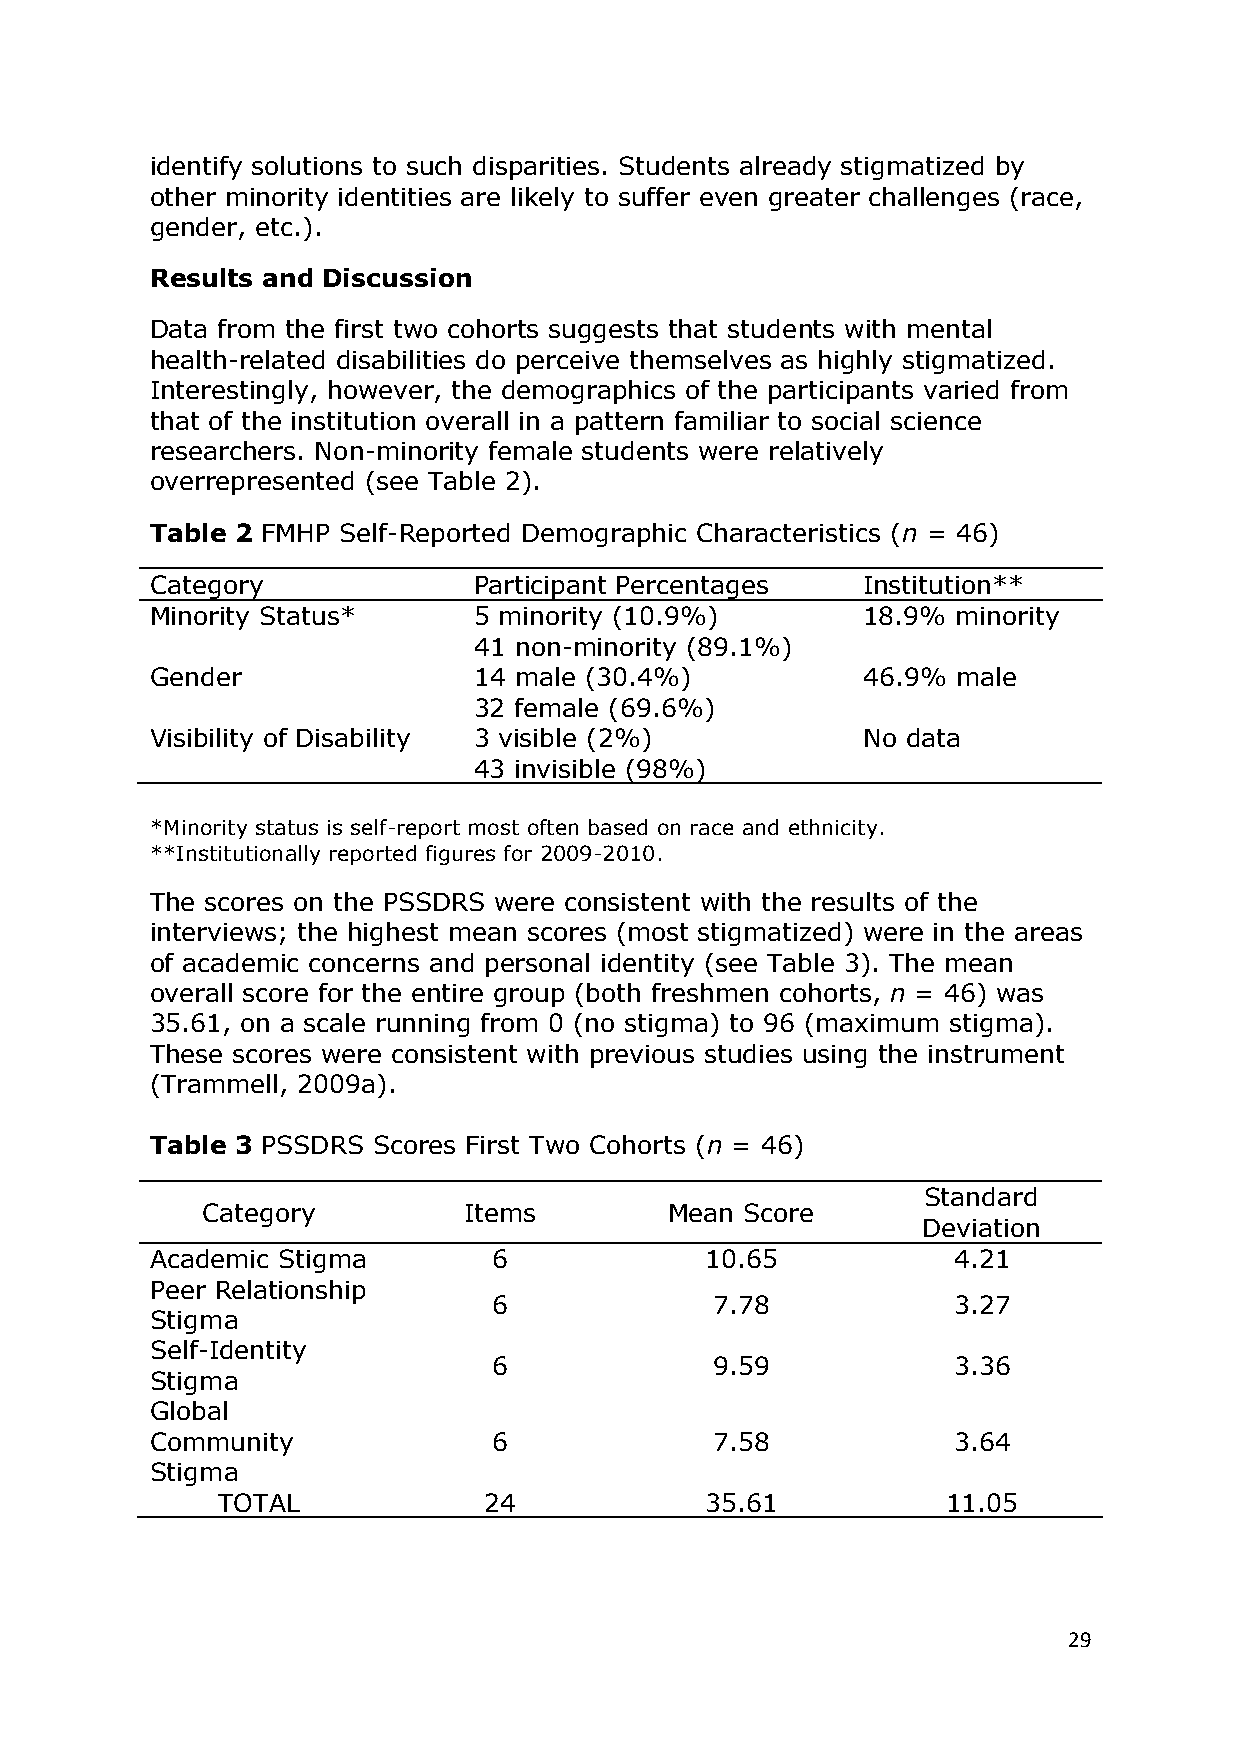
identify solutions to such disparities. Students already stigmatized by
 other minority identities are likely to suffer even greater challenges (race,
 gender, etc.).
 Results and Discussion
 Data from the first two cohorts suggests that students with mental
 health-related disabilities do perceive themselves as highly stigmatized.
 Interestingly, however, the demographics of the participants varied from
 that of the institution overall in a pattern familiar to social science
 researchers. Non-minority female students were relatively
 overrepresented (see Table 2).
 Table 2 FMHP Self-Reported Demographic Characteristics (n = 46)
 Category             Participant Percentages   Institution**
 Minority Status*     5 minority (10.9%)        18.9% minority
 41 non-minority (89.1%)
 Gender               14 male (30.4%)           46.9% male
 32 female (69.6%)
 Visibility of Disability 3 visible (2%)        No data
 43 invisible (98%)
 *Minority status is self-report most often based on race and ethnicity.
 **Institutionally reported figures for 2009-2010.
 The scores on the PSSDRS were consistent with the results of the
 interviews; the highest mean scores (most stigmatized) were in the areas
 of academic concerns and personal identity (see Table 3). The mean
 overall score for the entire group (both freshmen cohorts, n = 46) was
 35.61, on a scale running from 0 (no stigma) to 96 (maximum stigma).
 These scores were consistent with previous studies using the instrument
 (Trammell, 2009a).
 Table 3 PSSDRS Scores First Two Cohorts (n = 46)
 Standard
 Category          Items        Mean Score
 Deviation
 Academic Stigma        6             10.65           4.21
 Peer Relationship
 6             7.78            3.27
 Stigma
 Self-Identity
 6             9.59            3.36
 Stigma
 Global
 Community              6             7.58            3.64
 Stigma
 TOTAL             24             35.61           11.05
 29